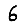
Digit: 6